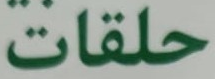
حلقات